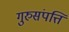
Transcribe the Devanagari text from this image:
गुरुसंपत्ति